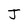
Character: J